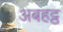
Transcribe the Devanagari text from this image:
अबहट्ठ